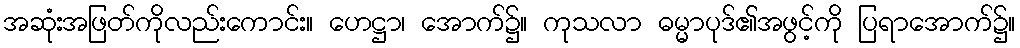
အဆုံးအဖြတ်ကိုလည်းကောင်း။ ဟေဋ္ဌာ၊ အောက်၌။ ကုသလာ ဓမ္မာပုဒ်၏အဖွင့်ကို ပြရာအောက်၌။